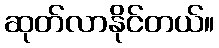
ဆုတ်လာနိုင်တယ်။